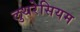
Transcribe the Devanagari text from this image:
लुथरेसियम